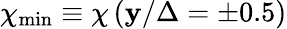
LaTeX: \chi_{\operatorname*{min}}\equiv\chi\left(\mathbf{y}/\Delta=\pm0.5\right)